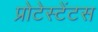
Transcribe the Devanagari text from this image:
प्रोटेस्टेंटस